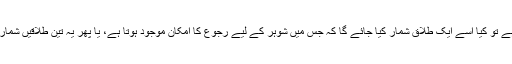
اگر ہوئی ہے تو کیا اِسے ایک طلاق شمار کیا جائے گا کہ جس میں شوہر کے لیے رجوع کا امکان موجود ہوتا ہے، یا پھر یہ تین طلاقیں شمار ہوں گی ؟